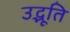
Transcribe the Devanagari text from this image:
उद्भूति